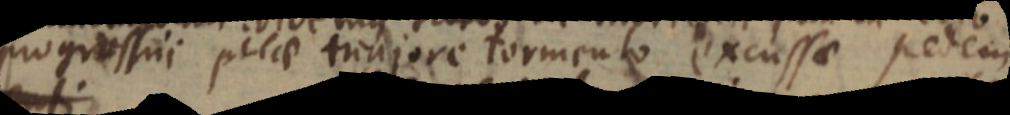
progressui pilae majore tormento excussae pedem